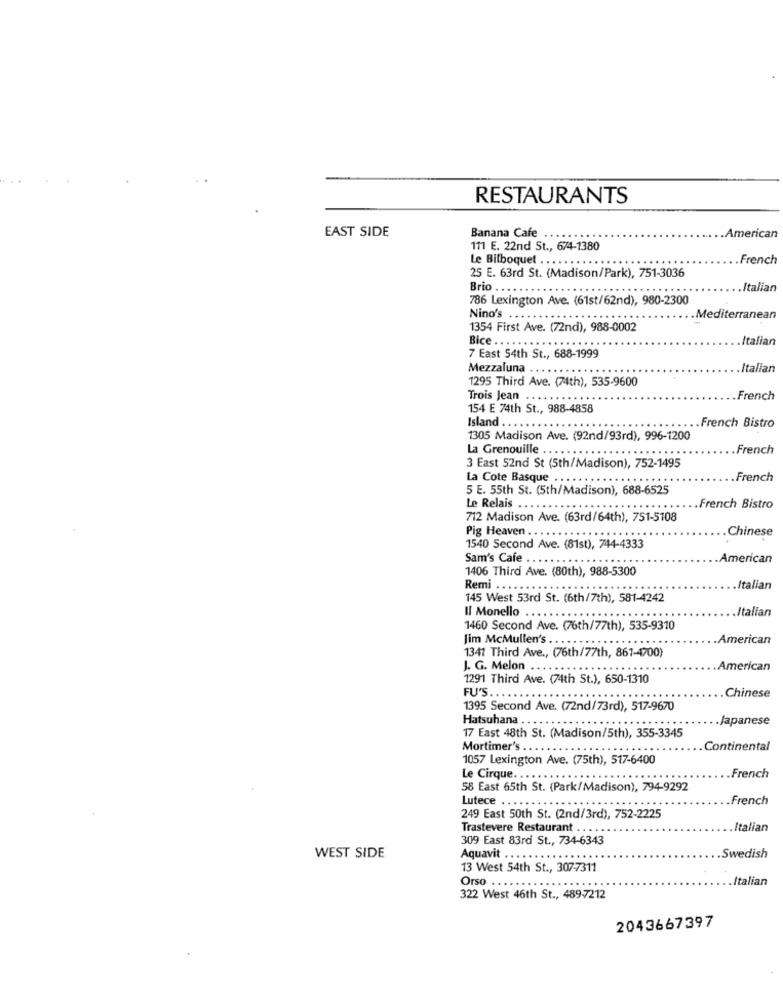
RESTAURANTS
EAST SIDE
Banana Cafe .
.American
111 E. 22nd St ., 674-1380
Le Bilboquet .. . . .
.French
25 E. 63rd St. (Madison/Park), 751-3036
Brio .......
......
.Italian
786 Lexington Ave. (61st/62nd), 980-2300
Nino's .
Mediterranean
1354 First Ave. (72nd), 988-0002
Bice ..
.Italian
7 East 54th St ., 688-1999
Mezzaluna .. . .
.Italian
1295 Third Ave. (74th), 535-9600
Trois Jean ...
.French
154 E 74th St ., 988-4858
Island .. . ..
French Bistro
1305 Madison Ave. (92nd/93rd), 996-1200
La Grenouille ... ..
.French
3 East 52nd St (5th/Madison), 752-1495
.French
La Cote Basque .******
5 E. 55th St. (5th/Madison), 688-6525
Le Relais ...
......
.French Bistro
712 Madison Ave. (63rd/64th), 751-5108
Pig Heaven .. .
Chinese
1540 Second Ave. (81st), 744-4333
Sam's Cafe
American
1406 Third Ave. (80th), 988-5300
Remi ..
.Italian
145 West 53rd St. (6th/7th), 581-4242
Il Monello
Italian
1460 Second Ave. (76th/77th), 535-9310
Jim McMullen's ..
American
1341 Third Ave ., (76th/77th, 861-4700)
J. G. Melon ....
American
1291 Third Ave. (74th St.), 650-1310
FU'S.
Chinese
1395 Second Ave. (72nd/73rd), 517-9670
Hatsuhana
.Japanese
17 East 48th St. (Madison/5th), 355-3345
Mortimer's .. ..
Continental
1057 Lexington Ave. (75th), 517-6400
Le Cirque. . .
.French
58 East 65th St. (Park/Madison), 794-9292
French
Lutece . . .
249 East 50th St. (2nd/3rd), 752-2225
Trastevere Restaurant . . . .
Italian
309 East 83rd St ., 734-6343
WEST SIDE
Aquavit ... .
.Swedish
13 West 54th St ., 307-7311
Orso . .
Italian
322 West 46th St ., 489-7212
2043667397